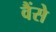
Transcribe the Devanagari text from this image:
वैंसे